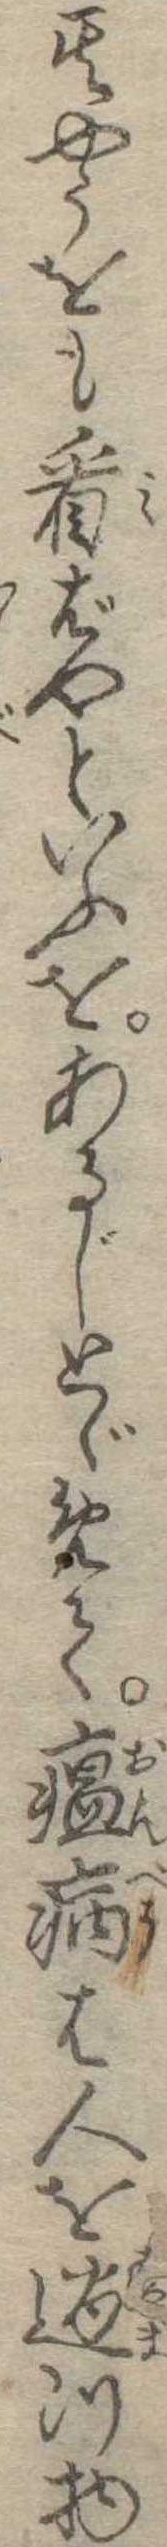
其やうをも看ばやといふをあるじとゞめて瘟病は人を過つ物